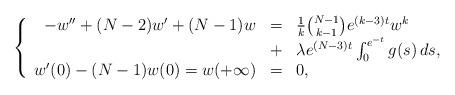
LaTeX: \begin{align*}\left\{ \begin{array}{rcl}-w'' + (N-2)w' + (N-1)w &=& \frac{1}{k} \binom{N-1}{k-1} e^{(k-3)t} w^k \\&+& \lambda e^{(N-3)t} \int_0^{e^{-t}} g(s) \, ds, \\w'(0) - (N-1) w(0) = w(+\infty) &=& 0,\end{array}\right.\end{align*}